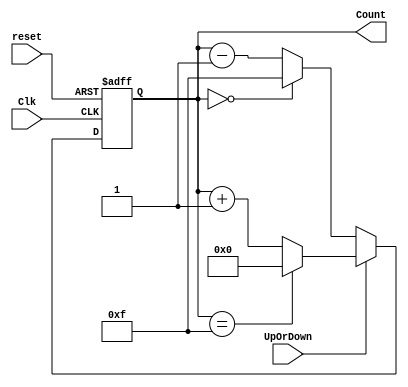
`timescale 1ns / 1ps
//////////////////////////////////////////////////////////////////////////////////
// Company: 
// Engineer: 
// 
// Design Name: 
// Module Name: counter1
// Project Name: 
// Target Devices: 
// Tool Versions: 
// Description: 
// 
// Dependencies: 
// 
// Revision:
// Revision 0.01 - File Created
// Additional Comments:
// 
//////////////////////////////////////////////////////////////////////////////////


 module upordown_counter(
    Clk,
    reset,
    UpOrDown,  //high for UP counter and low for Down counter
    Count
    );

    
    //input ports and their sizes
    input Clk,reset,UpOrDown;
    //output ports and their size
    output [3 : 0] Count;
    //Internal variables
    reg [3 : 0] Count = 0;  
    
     always @(posedge(Clk) or posedge(reset))
     begin
        if(reset == 1) 
            Count <= 0;
        else    
            if(UpOrDown == 1)   //Up mode selected
                if(Count == 15)
                    Count <= 0;
                else
                    Count <= Count + 1; //Incremend Counter
            else  //Down mode selected
                if(Count == 0)
                    Count <= 15;
                else
                    Count <= Count - 1; //Decrement counter
     end    
    
endmodule